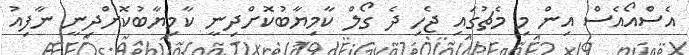
އެސްއޯއެސް އިން މި މެޗުގައި ޖެހި ދެ ގޯލް ކާމިޔާބުކޮށްދިނީ ކާމިޔާބުކޮށްދިނީ ނާފިއު